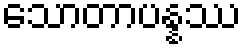
သောတာပန္နဿ